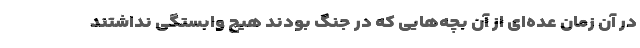
در آن زمان عده‌ای از آن بچه‌هایی که در جنگ بودند هیچ وابستگی نداشتند